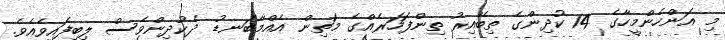
މި އަންހެންމީހާގެ 14 ކުދިންގެ ތިބޭއިރު ތިންފަހަރެއްގެ މަތިން އެއްމާބަނޑު ދެކުދިންވެސް ލިބިފައިވެއެވެ.